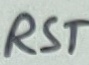
Text: RST